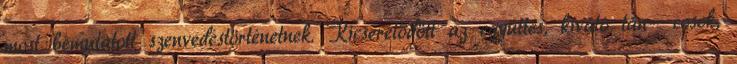
most bemutatott szenvedéstörténetnek. Kicserélődött az együttes, kiváló tán- cosok,